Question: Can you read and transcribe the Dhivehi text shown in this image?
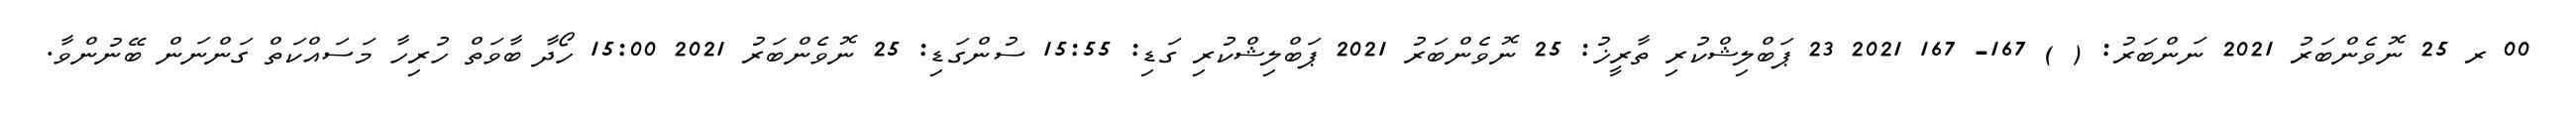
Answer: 00 ރ 25 ނޮވެންބަރު 2021 ނަންބަރު: ( ) 167- 167 2021 23 ޕަބްލިޝްކުރި ތާރީޚު: 25 ނޮވެންބަރު 2021 ޕަބްލިޝްކުރި ގަޑި: 15:55 ސުންގަޑި: 25 ނޮވެންބަރު 2021 15:00 ހޯދާ ބާވަތް ހުރިހާ މަސައްކަތް ގަންނަން ބޭނުންވާ.